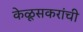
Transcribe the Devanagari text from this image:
केळूसकरांची